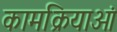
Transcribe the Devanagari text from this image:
कामक्रियाओं